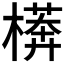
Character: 𱤕